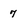
Character: 7